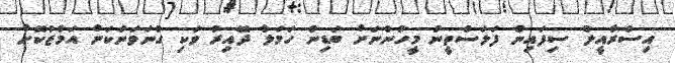
އިސްރާއީލު ސިފައިން ފަލަސްތީނު މީހުންނަށް ބަޑިން ހަމަލާ ދޭއިރު ވަކި ގުނަވަނަކަށް އަމާޒުކޮށް